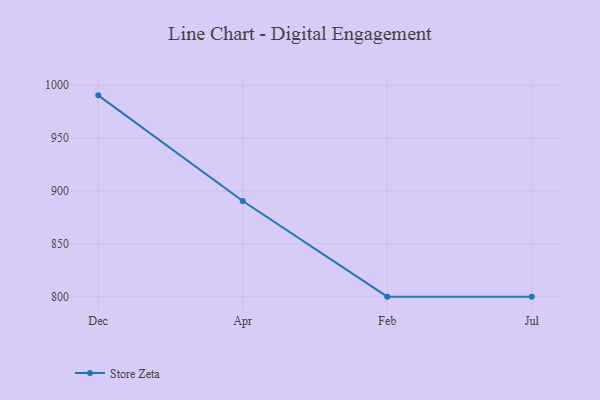
{"axis": {"x": "Month", "y": "Backlog"}, "legend": ["Store Zeta"], "data": [{"x": "Dec", "y": 990.4, "type": "Store Zeta"}, {"x": "Apr", "y": 890.5, "type": "Store Zeta"}, {"x": "Feb", "y": 800, "type": "Store Zeta"}, {"x": "Jul", "y": 800, "type": "Store Zeta"}]}